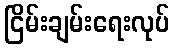
ငြိမ်းချမ်းရေးလုပ်